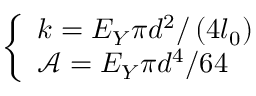
\left\{ \begin{array} { l l } { k = E _ { Y } \pi d ^ { 2 } / \left( 4 l _ { 0 } \right) } \\ { \mathcal { A } = E _ { Y } \pi d ^ { 4 } / 6 4 } \end{array} \right.